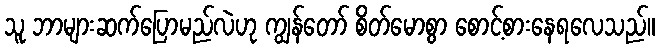
သူ ဘာများဆက်ပြောမည်လဲဟု ကျွန်တော် စိတ်မောစွာ စောင့်စားနေရလေသည်။